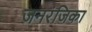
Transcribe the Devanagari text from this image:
जनरंजिका